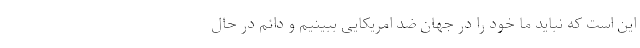
این است که نباید ما خود را در جهان ضد امریکایی ببینیم و دائم در حال